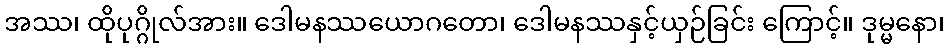
အဿ၊ ထိုပုဂ္ဂိုလ်အား။ ဒေါမနဿယောဂတော၊ ဒေါမနဿနှင့်ယှဉ်ခြင်း ကြောင့်။ ဒုမ္မနော၊